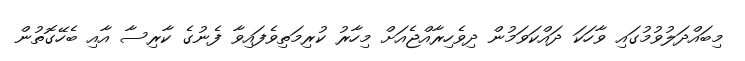
މިބައްދަލުވުމުގައި ވާހަކަ ދައްކަވަމުން ދިވެހިރާއްޖެއަށް މިހާރު ކުރިމަތިވެފައިވާ ފެނުގެ ކާރިސާ އާއި ބެހޭގޮތުން